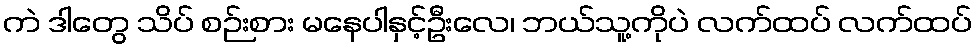
ကဲ ဒါတွေ သိပ် စဉ်းစား မနေပါနှင့်ဦးလေ၊ ဘယ်သူ့ကိုပဲ လက်ထပ် လက်ထပ်